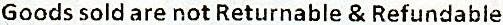
GOODS SOLD ARE NOT RETURNABLE & REFUNDABLE